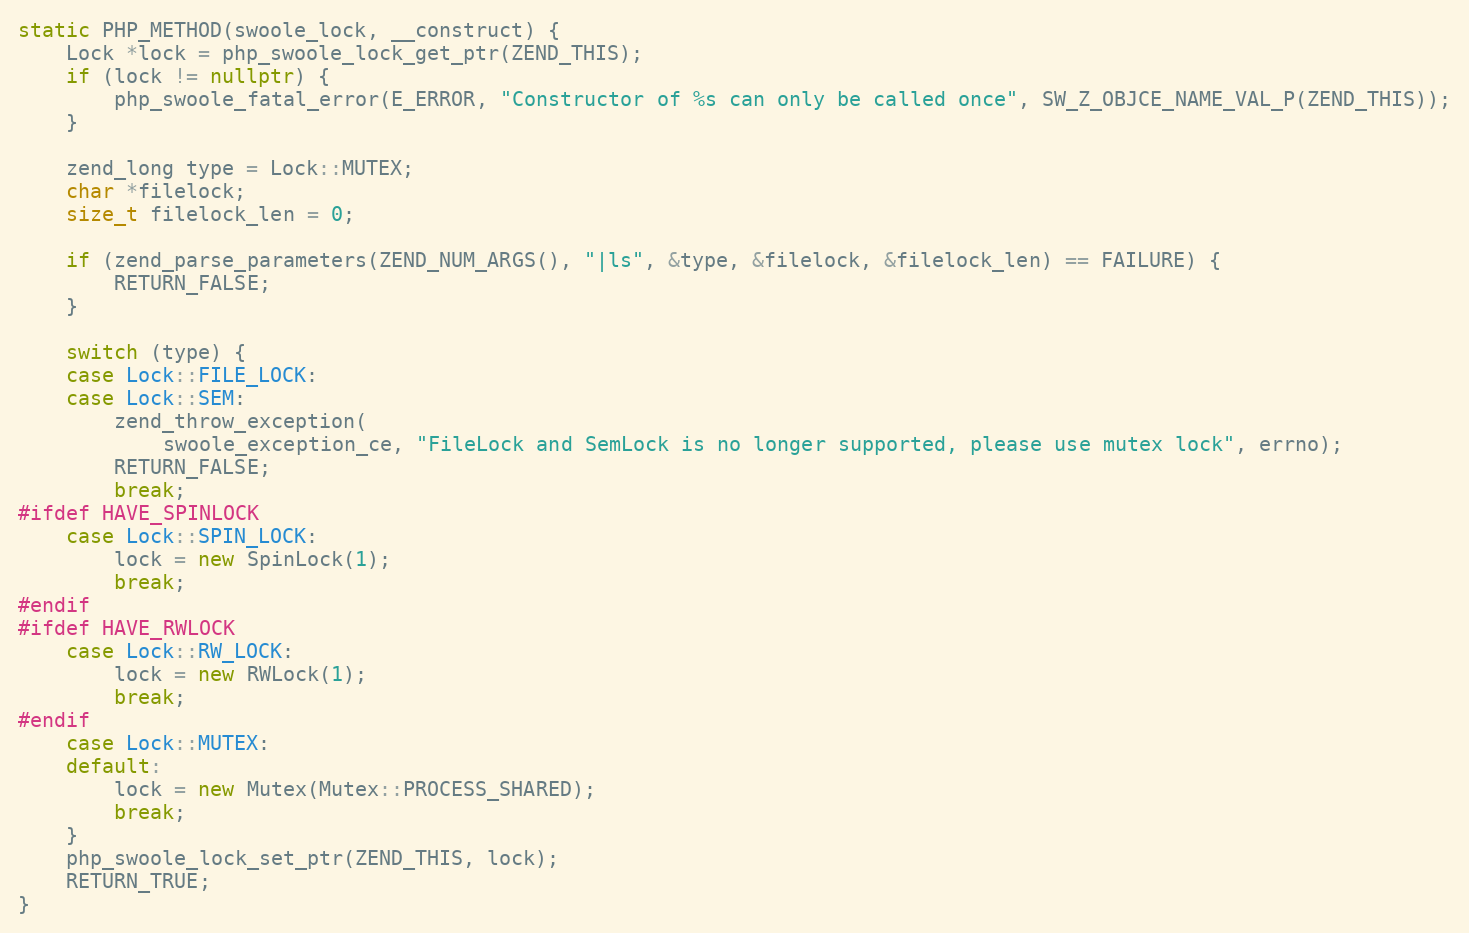
Language: C++
static PHP_METHOD(swoole_lock, __construct) {
    Lock *lock = php_swoole_lock_get_ptr(ZEND_THIS);
    if (lock != nullptr) {
        php_swoole_fatal_error(E_ERROR, "Constructor of %s can only be called once", SW_Z_OBJCE_NAME_VAL_P(ZEND_THIS));
    }

    zend_long type = Lock::MUTEX;
    char *filelock;
    size_t filelock_len = 0;

    if (zend_parse_parameters(ZEND_NUM_ARGS(), "|ls", &type, &filelock, &filelock_len) == FAILURE) {
        RETURN_FALSE;
    }

    switch (type) {
    case Lock::FILE_LOCK:
    case Lock::SEM:
        zend_throw_exception(
            swoole_exception_ce, "FileLock and SemLock is no longer supported, please use mutex lock", errno);
        RETURN_FALSE;
        break;
#ifdef HAVE_SPINLOCK
    case Lock::SPIN_LOCK:
        lock = new SpinLock(1);
        break;
#endif
#ifdef HAVE_RWLOCK
    case Lock::RW_LOCK:
        lock = new RWLock(1);
        break;
#endif
    case Lock::MUTEX:
    default:
        lock = new Mutex(Mutex::PROCESS_SHARED);
        break;
    }
    php_swoole_lock_set_ptr(ZEND_THIS, lock);
    RETURN_TRUE;
}